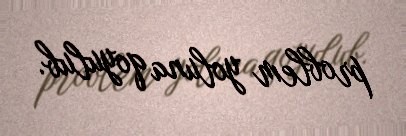
problem yoluna qoyulub.